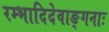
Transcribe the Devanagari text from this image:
रम्भादिदेवाङ्गनाः